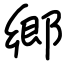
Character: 郷